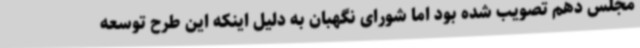
مجلس دهم تصویب شده بود اما شورای نگهبان به دلیل اینکه این طرح توسعه